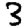
Digit: 3